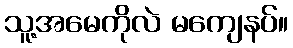
သူ့အမေကိုလဲ မကျေနပ်။